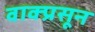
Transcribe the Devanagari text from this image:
वाक्प्रसून